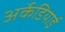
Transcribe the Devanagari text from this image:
अर्केडियाई